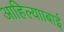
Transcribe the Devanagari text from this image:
आहिल्यााबाई